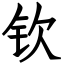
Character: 钦